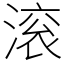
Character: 滚